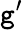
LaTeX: \mathtt{g}^{\prime}